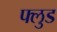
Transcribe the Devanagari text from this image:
फ्लुड